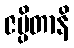
ဇပ္ပိတာနိ